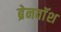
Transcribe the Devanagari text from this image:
ब्रेनवाॅश